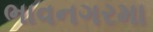
ભાવનગરમા